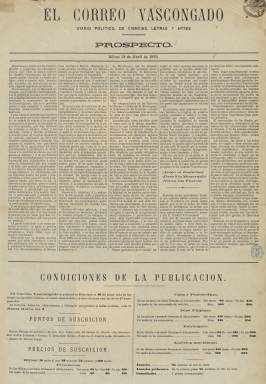
Título: El Correo vascongado
Colección: Periódicos
Ámbito geográfico: Vizcaya
Lugar de publicación: Bilbao
Fechas: 12/04/1873-23/07/1873

Con el subtítulo “diario político, de ciencias, letras y artes”, comienza a ser publicado en Bilbao el 16 de abril de 1873, siendo uno de sus fundadores y director el arquitecto y escritor Sabino de Goicoechea Echevarría (1829-1901) y su principal redactor el también periodista de origen vizcaíno Antonio Trueba (1819-1889). Es un periódico alfonsino y anticarlista, en la órbita del canovismo, de tendencia liberal y fuerista, que estampa como consigna: “¡Abajo el desorden! ¡Paso a la monarquía! ¡Vivan los fueros!”. El prospecto que había hecho circular el 12 de abril, un mes después de la proclamación de la República por las Cortes, comenzará calificando las circunstancias en las que aparece de “desastrosas y tristes” para “la desventurada nación española y nuestro antiguo, noble y querido solar”, “sin monarquía, con la Hacienda arruinada, con el ejército indisciplinado, con la propiedad atacada en sus bases, con la integridad nacional amenazada, insultados y escarnecidos los sentimientos religiosos”… “Y para colmo de desventuras, la guerra civil”, por lo que proclama “respeto a la religión de nuestros mayores, defensa de la sociedad, de la integridad de la patria y de la familia”.

Aparecerá todos los días, excepto los posteriores a los festivos, siendo estampado en la Imprenta de la Viuda de Larumbe, en entregas de cuatro páginas, compuestas a cinco columnas. Formalmente, será un periódico típico del periodo, en el que sus noticias las distribuye en secciones bajo los epígrafes Exterior, Interior, Ultramar, Partes telegráficos Alcance de última hora o Sublevación carlista, así como otras breves como la oficial, comercial (movimiento portuario) y la religiosa, y las de Bolsa y Espectáculos, además de una Gacetilla local y el correspondiente editorial. También dispone de una “correspondencia privada” que le remite una crónica desde Madrid y reproduce artículos de otros periódicos. En la última plana inserta la sección de anuncios comerciales, y en los faldones de las dos primeras, un folletín literario bajo el título Madre mía, episodio de la guerra civil, de la que es autor el citado Goicochea, y que lleva una breve introducción en euskera.

Tras publicar su número 78, correspondiente al 19 de julio de ese mismo año 1873, hará circular, el día 23, una hoja impresa en la que anuncia su “interrupción” hasta que cesen “las causas que le obligan a limitar su circulación casi al recinto de Bilbao”, al objeto de “combatir el desorden, defender las libertades vascongadas, abogar por la paz, condenar la tiranía y los desafueros, procedan de quien procedan”.

Es el propio Argos –seudónimo de Goicoechea- en las páginas 53-61 de su obra Unos y otros: recuerdos de nuestras discordias intestinas (1899), quien dé cuenta de las dificultades de circulación de El Correo vascongado fuera de la propia ciudad de Bilbao, ante el acoso de las fuerzas carlistas, y de las “amenazas” que estuvo recibiendo de las autoridades republicanas de la provincia para desistir de seguir publicando el diario, especialmente a partir del artículo de reivindicación dinástica borbónica publicado el 18 de mayo. Por su parte, Antonio Trueba, abandonará Bilbao en agosto de 1873, después de que fuera destituido por el gobernador civil ese mismo año de su cargo de archivero y cronista del “Señorío” por el que había sido nombrado, en 1862, por las Juntas Generales de Vizcaya, tras ser denunciado de carlista, acusación que rechazó.

El Correo vascongado reaparecería posteriormente, para seguir publicándose hasta 1879, y desde el tres de junio de 1880 y hasta 1890, en su “sustitución” fue editado el también diario político bilbaíno La Unión vasco-navarra, con un denominado carácter “fuerista intransigente”. En 1891, Goicoechea fundará y empezará a dirigir el diario El Nervión.

Da cuenta de este título el catálogo de las publicaciones periódicas vascas, de Ruiz de Gauna (1991) y Saiz de Valdivieso (2000), entre otros.